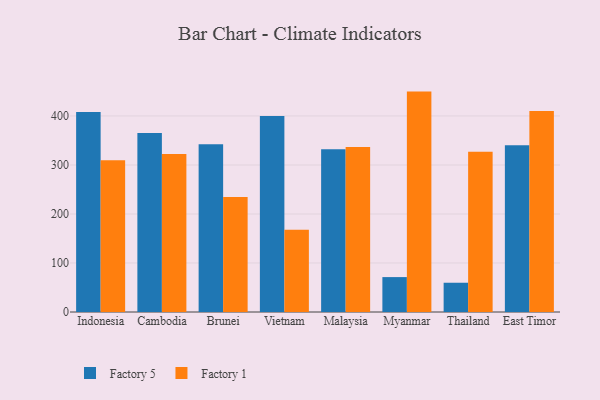
{"axis": {"x": "Country", "y": "Inventory Turnover"}, "legend": ["Factory 1", "Factory 5"], "data": [{"x": "Indonesia", "y": 408.0, "type": "Factory 5"}, {"x": "Indonesia", "y": 309.6, "type": "Factory 1"}, {"x": "Cambodia", "y": 365.4, "type": "Factory 5"}, {"x": "Cambodia", "y": 322.6, "type": "Factory 1"}, {"x": "Brunei", "y": 342.3, "type": "Factory 5"}, {"x": "Brunei", "y": 234.4, "type": "Factory 1"}, {"x": "Vietnam", "y": 399.8, "type": "Factory 5"}, {"x": "Vietnam", "y": 168.0, "type": "Factory 1"}, {"x": "Malaysia", "y": 332.2, "type": "Factory 5"}, {"x": "Malaysia", "y": 336.9, "type": "Factory 1"}, {"x": "Myanmar", "y": 71.2, "type": "Factory 5"}, {"x": "Myanmar", "y": 449.7, "type": "Factory 1"}, {"x": "Thailand", "y": 59.7, "type": "Factory 5"}, {"x": "Thailand", "y": 327.1, "type": "Factory 1"}, {"x": "East Timor", "y": 340.2, "type": "Factory 5"}, {"x": "East Timor", "y": 410.3, "type": "Factory 1"}]}